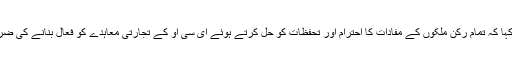
انھوں نے کہا کہ تمام رکن ملکوں کے مفادات کا احترام اور تحفظات کو حل کرتے ہوئے ای سی او کے تجارتی معاہدے کو فعال بنانے کی ضرورت ہے۔